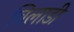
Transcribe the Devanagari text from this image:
विलाडी